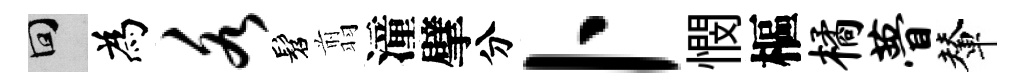
回為各髫翦潼擘分卜憫樞橘瞢輦